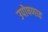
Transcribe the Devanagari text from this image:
उपोषणात